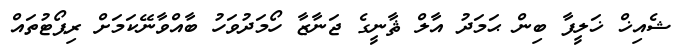
ޝެއިޚް ޚަލީފާ ބިން ޙަމަދު އާލް ޘާނީގެ ޖަނާޒާ ހޯމަދުވަހު ބާއްވާނޭކަމަށް ރިޕޯޓުތައް